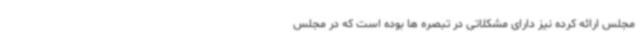
مجلس ارائه کرده نیز دارای مشکلاتی در تبصره ها بوده است که در مجلس